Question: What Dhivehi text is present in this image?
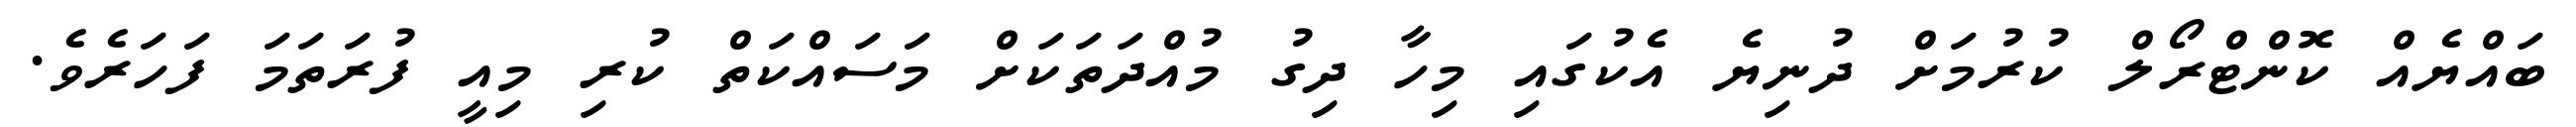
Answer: ބައްޔެއް ކޮންޓްރޯލް ކުރުމަށް ދުނިޔެ އެކުގައި މިހާ ދިގު މުއްދަތަކަށް މަސައްކަތް ކުރި މިއީ ފުރަތަމަ ފަހަރެވެ.